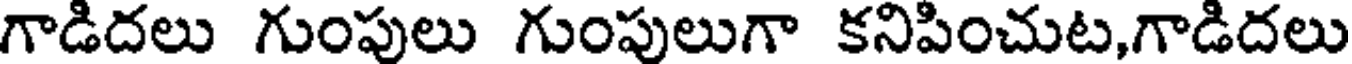
గాడిదలు గుంపులు గుంపులుగా కనిపించుట,గాడిదలు